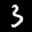
Label: 3